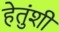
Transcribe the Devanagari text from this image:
हेतुंशी